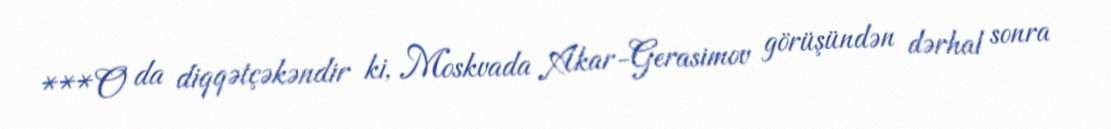
***O da diqqətçəkəndir ki, Moskvada Akar-Gerasimov görüşündən dərhal sonra